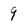
Character: 9